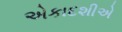
એકાદશીએ